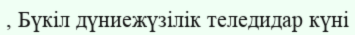
, Бүкіл дүниежүзілік теледидар күні